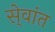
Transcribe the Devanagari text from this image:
से्वांत